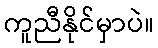
ကူညီနိုင်မှာပဲ။